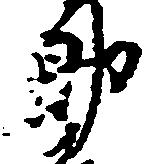
郎